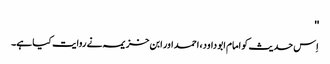
''
اِس حدیث کو امام ابو داود، احمد اور ابن خزیمہ نے روایت کیا ہے۔